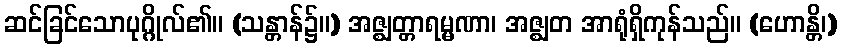
ဆင်ခြင်သောပုဂ္ဂိုလ်၏။ (သန္တာန်၌။) အဇ္ဈတ္တာရမ္မဏာ၊ အဇ္ဈတ အာရုံရှိကုန်သည်။ (ဟောန္တိ၊)